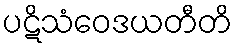
ပဋိသံဝေဒယတီတိ